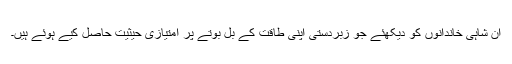
ان شاہی خاندانوں کو دیکھئے جو زبردستی اپنی طاقت کے بل بوتے پر امتیازی حیثیت حاصل کیے ہوئے ہیں۔